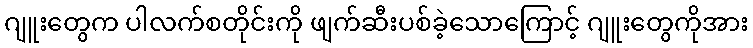
ဂျူးတွေက ပါလက်စတိုင်းကို ဖျက်ဆီးပစ်ခဲ့သောကြောင့် ဂျူးတွေကိုအား